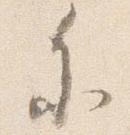
参